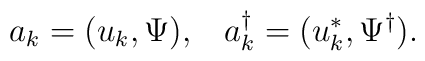
a_k=(u_k,\Psi), \;\;\; a^{\dagger}_k=(u^*_k,\Psi^{\dagger}).